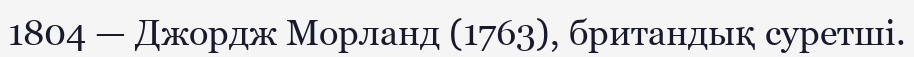
1804 — Джордж Морланд (1763), британдық суретші.